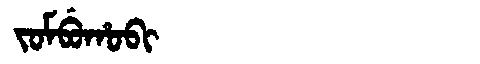
Manchu: ᠵᠣᠮᠪᡠᡥᠣᠪᡳ
Romanization: JOMBUHOBI